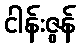
ငါန်းဇွန်